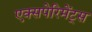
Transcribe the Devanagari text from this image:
एक्सपेरिमेंट्स